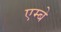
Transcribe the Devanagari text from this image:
एम्बे